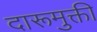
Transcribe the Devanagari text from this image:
दारूमुक्ती